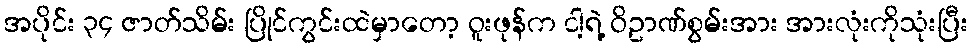
အပိုင်း ၃၄ ဇာတ်သိမ်း ပြိုင်ကွင်းထဲမှာတော့ ဝူးဖုန်က ငါ့ရဲ့ ဝိဥာဏ်စွမ်းအား အားလုံးကိုသုံးပြီး